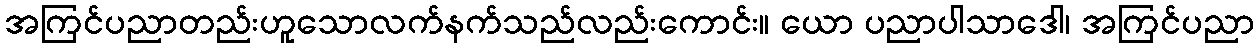
အကြင်ပညာတည်းဟူသောလက်နက်သည်လည်းကောင်း။ ယော ပညာပါသာဒေါ၊ အကြင်ပညာ